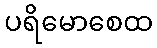
ပရိမောစေထ